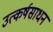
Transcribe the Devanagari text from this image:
उत्कर्षसाधन